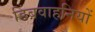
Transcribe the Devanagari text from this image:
डिंबवाहनियों